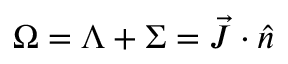
\Omega = \Lambda + \Sigma = \vec { J } \cdot \hat { n }